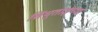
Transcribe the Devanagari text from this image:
सिंधुताईंच्या